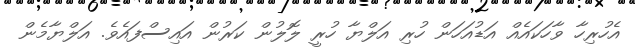
އެހުރިހާ ވާހަކައެއް އަޑުއަހަން ހުރި އަލްޔާ ހުރީ ލޮލުން ކަރުން އައިސްފައެވެ. އަލްޔާމެން